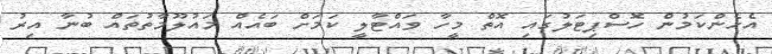
އެހެންކަމުން ހޮސްޕިޓަލުގައި އޮތް މީހާ ވައްޓާލީ ކަމަށް ބައެއް މައުލޫމާތުތައް ބުނާ އިރު